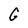
Character: G